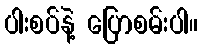
ပါးစပ်နဲ့ ပြောစမ်းပါ။